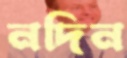
নদিন